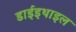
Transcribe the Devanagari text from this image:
डाईइथाइल